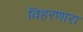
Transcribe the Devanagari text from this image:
विहरणारा